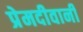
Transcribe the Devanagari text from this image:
प्रेमदीवानी